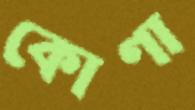
কোণা